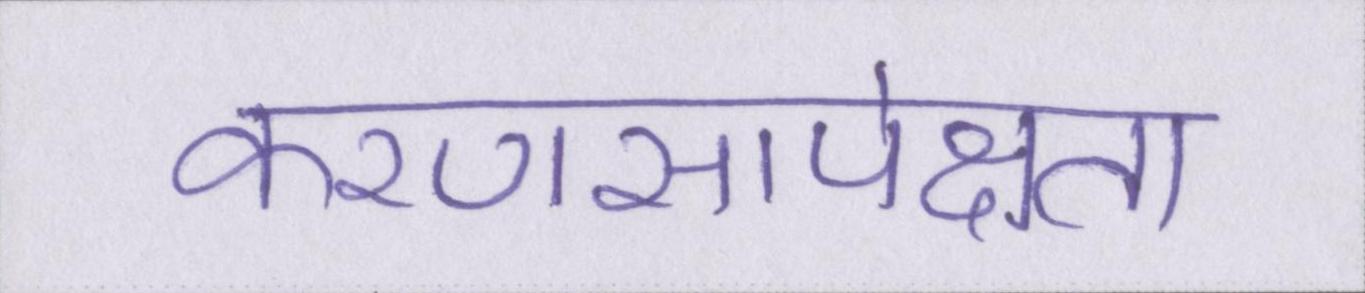
करणसापेक्षता